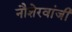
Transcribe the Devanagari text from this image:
नौशेरवांजी